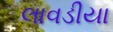
લાવડીયા